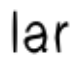
lar